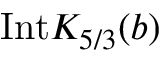
\mathrm { I n t } K _ { 5 / 3 } ( b )